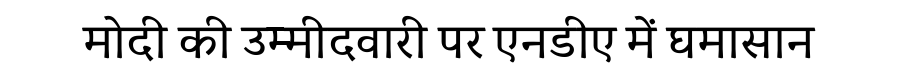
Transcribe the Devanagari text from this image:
मोदी की उम्मीदवारी पर एनडीए में घमासान